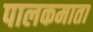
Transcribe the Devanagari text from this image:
पालकमाता